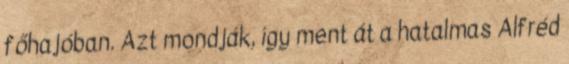
főhajóban. Azt mondják, így ment át a hatalmas Alfréd